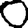
Digit: 0